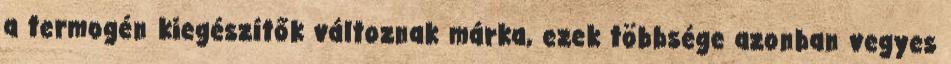
a termogén kiegészítők változnak márka, ezek többsége azonban vegyes